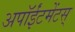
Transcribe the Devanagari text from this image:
अपॉईंटमेंटस्